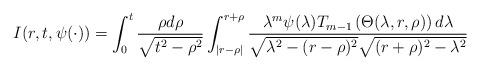
LaTeX: \begin{align*} I(r,t,\psi(\cdot))=\int_0^t\frac{\rho d\rho}{\sqrt{t^2-\rho^2}} \int_{|r-\rho|}^{r+\rho} \frac{\lambda^m\psi(\lambda) T_{m-1}\left(\Theta(\lambda,r,\rho)\right)d\lambda} {\sqrt{\lambda^2-(r-\rho)^2} \sqrt{(r+\rho)^2-\lambda^2}}\end{align*}